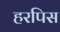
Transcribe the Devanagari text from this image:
हरपिस